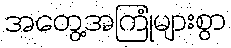
အတွေ့အကြုံများစွာ